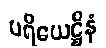
ပရိယေဋ္ဌီနံ